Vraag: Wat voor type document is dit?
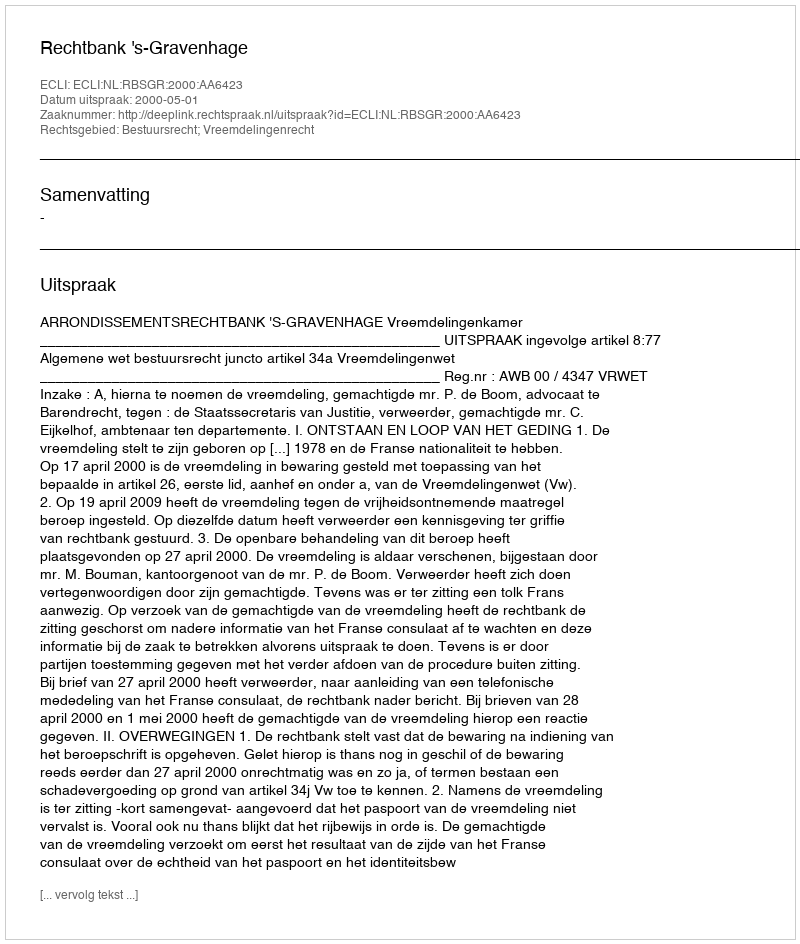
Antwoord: Uitspraak